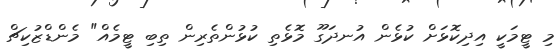
މި ޓީމަކީ އިދިކޮޅަށް ކުޅެން އުނދަގޫ މޮޅެތި ކުޅުންތެރިން ތިބި ޓީމެއް" މެންޑްޒުކިޗް